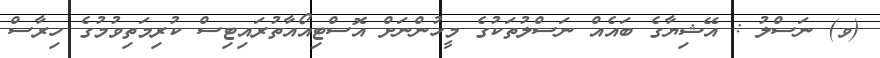
(ވ) ނަސްލު : އޭޝިޔާގެ ބައެއް ނަސްލުތަކުގެ މީހުންނަށް އޮސްޓިއޯއާތުރައިޓިސް ކުރިމަތިވުމުގެ ހިރާސް